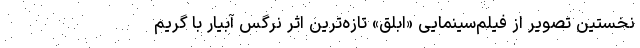
نخستین تصویر از فیلم‌سینمایی «ابلق» تازه‌ترین اثر نرگس آبیار با گریم